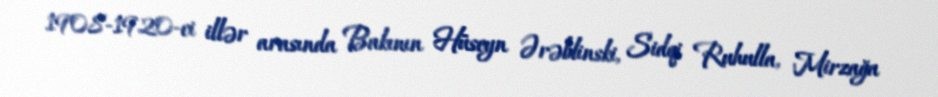
1908-1920-ci illər arasında Bakının Hüseyn Ərəblinski, Sidqi Ruhulla, Mirzağa